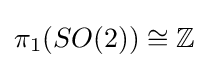
\pi _{1}(SO(2))\cong \mathbb {Z}